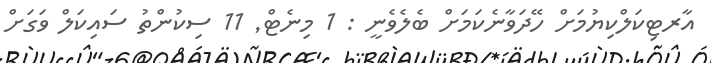
އާރޓިކަލްކިޔުމަށް ހޭދަވާނެކަމަށް ބެލެވެނީ : 1 މިނެޓް